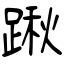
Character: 踿